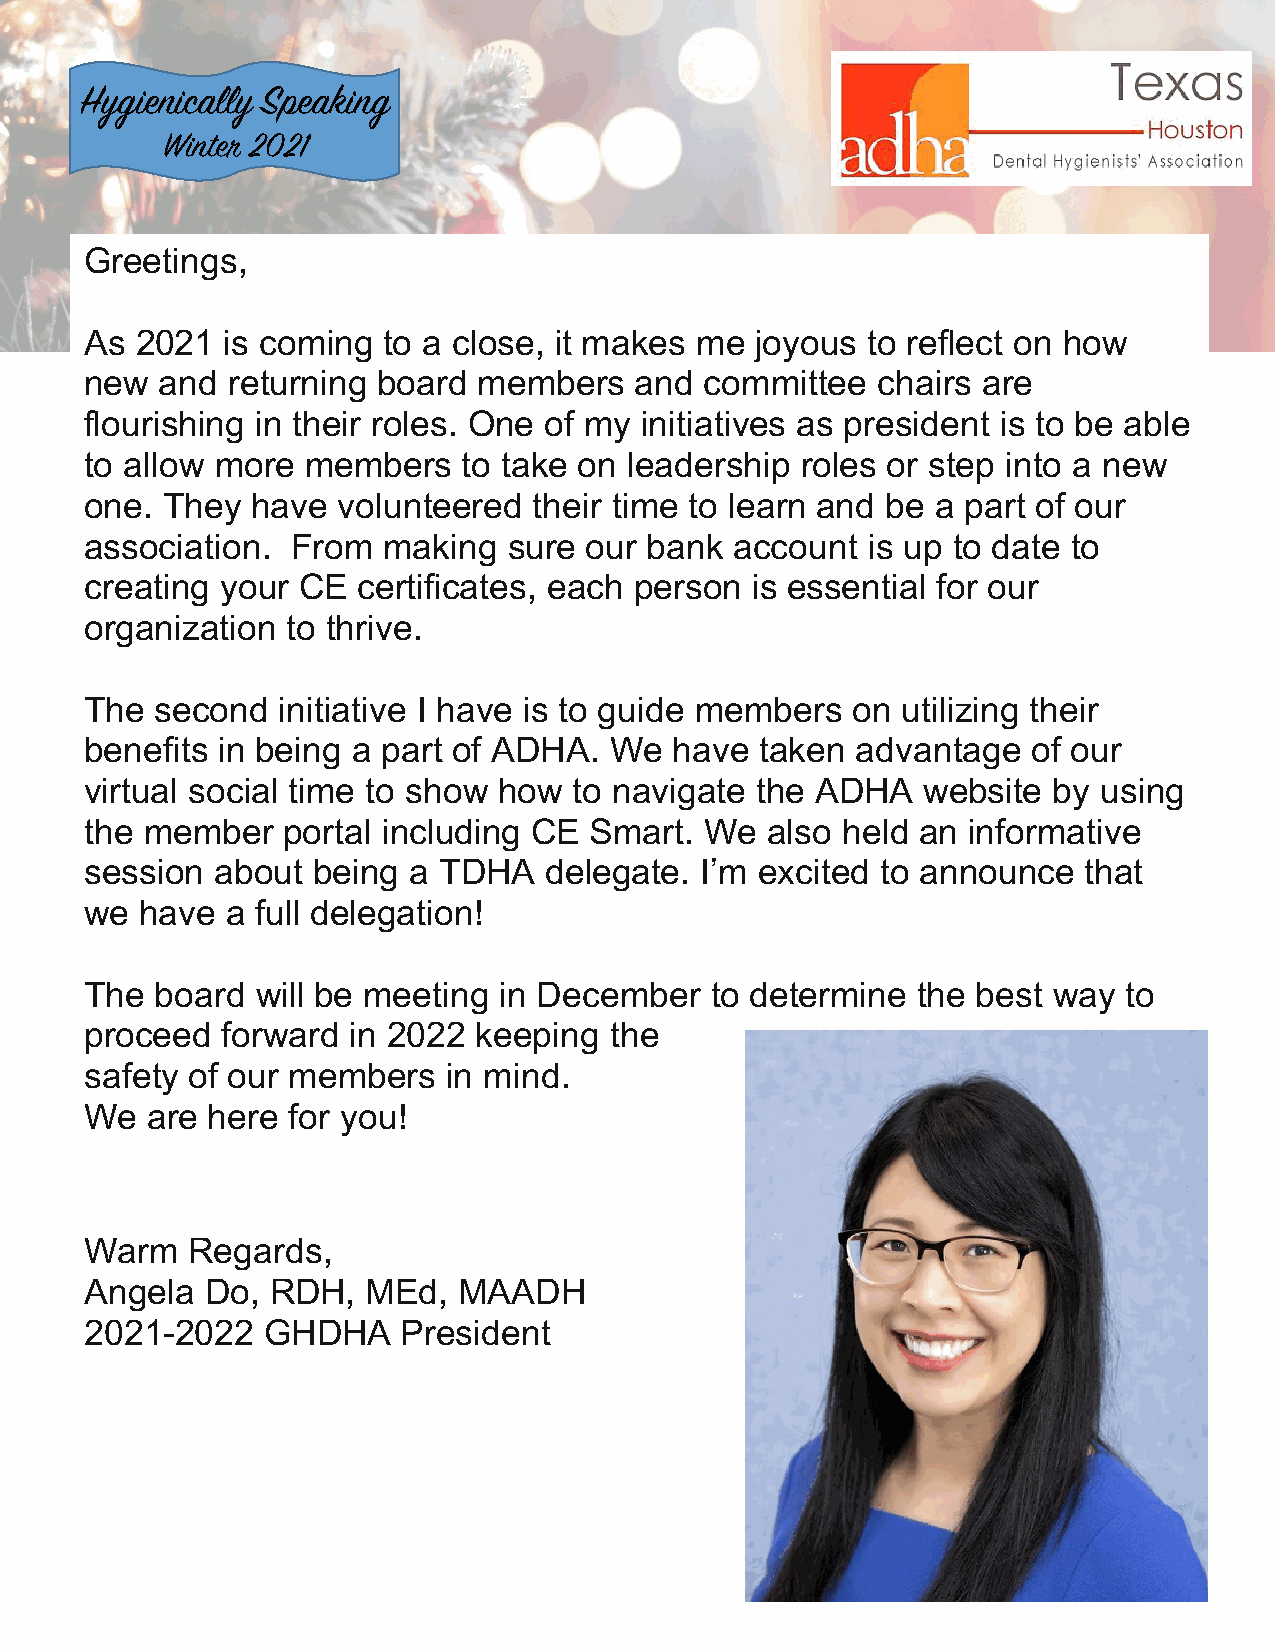
Hygienically Speaking
 Winter 2021
 Gree tings,
 As 2 021 is coming to a close, it makes me  joyous to reflect on how
 new  and returning board  members   and  committee  chairs are
 flour ishing in their roles. One of my initiatives as president is to be able
 to allow more members    to take on leadership roles or step into a new
 one. They  have volunteered  their time to learn and be a part of our
 asso ciation. From making   sure our bank  account is up to date to
 creating your CE  certificates, each person is essential for our
 orga nization to thrive.
 The second  initiative I have is to guide members on  utilizing their
 bene fits in being a part of ADHA. We  have taken  advantage  of our
 virtual social time to show how to navigate the ADHA   website  by using
 the m ember  portal including CE Smart.  We  also held an informative
 session about  being a TDHA   delegate. I’m excited to announce   that
 we h ave a full delegation!
 The board  will be meeting in December   to determine  the best way  to
 proc eed forward in 2022  keeping the
 safety of our members   in mind.
 We  a re here for you!
 Warm  Regards,
 Ange la Do, RDH,  MEd,  MAADH
 2021-2022  GHDHA     President